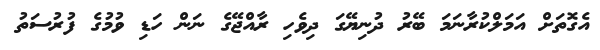
އެގޮތަށް އަމަލްކުރާނަމަ ބޭރު ދުނިޔޭގަ ދިވެހި ރާއްޖޭގެ ނަން ހަޑި ވުމުގެ ފުރުސަތު